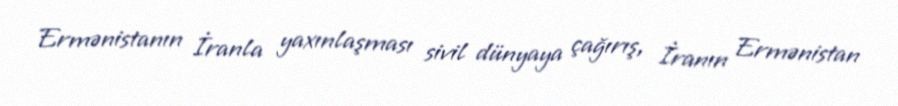
Ermənistanın İranla yaxınlaşması sivil dünyaya çağırış, İranın Ermənistan